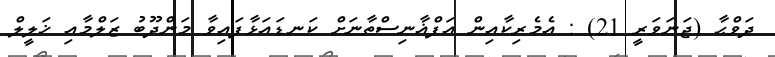
ދަވްޙާ (ޖަނަވަރީ 21) : އެމެރިކާއިން އަފްޣާނިސްތާނަށް ކަނޑައަޅާފައިވާ މަންދޫބު ޒަލްމާއި ޚަލީލް